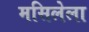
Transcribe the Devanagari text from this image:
मसिलेला